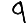
Digit: 9